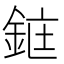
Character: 𫒜